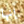
إنها